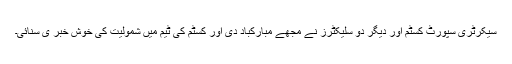
سیکرٹری سپورٹ کسٹم اور دیگر دو سلیکٹرز نے مجھے مبارکباد دی اور کسٹم کی ٹیم میں شمولیت کی خوش خبر ی سنائی۔